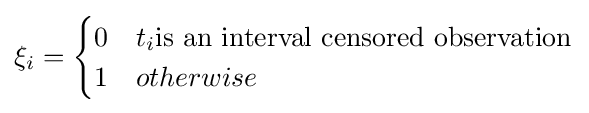
\xi _{i}={\begin{cases}0&t_{i}{\text{is an interval censored observation}}\\1&otherwise\end{cases}}